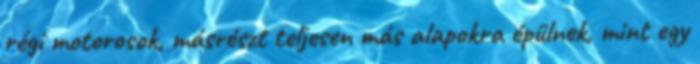
régi motorosok, másrészt teljesen más alapokra épülnek, mint egy